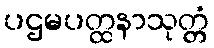
ပဌမပတ္ထနာသုတ္တံ